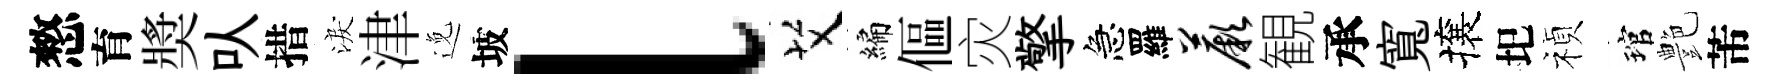
憗育奬㕥措淚津𨓜坡l艾編傴灾擎急羅蕨観承寬攘圯禎琯艶芾